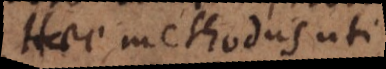
Haec methodus uti